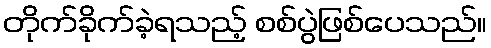
တိုက်ခိုက်ခဲ့ရသည့် စစ်ပွဲဖြစ်ပေသည်။